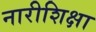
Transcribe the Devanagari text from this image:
नारीशिक्षा